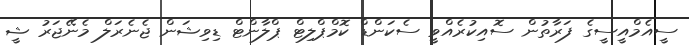
ސީއެމްއީސީގެ ފަރާތުން ސޮއިކުރެއްވީ ސެކަންޑް ކޮމްޕްލިޓް ޕްލާންޓް ޑިވިޝަން ޖެނެރަލް މެނޭޖަރު ޝީ